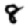
Digit: 8